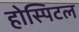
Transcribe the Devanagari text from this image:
होस्पिटल